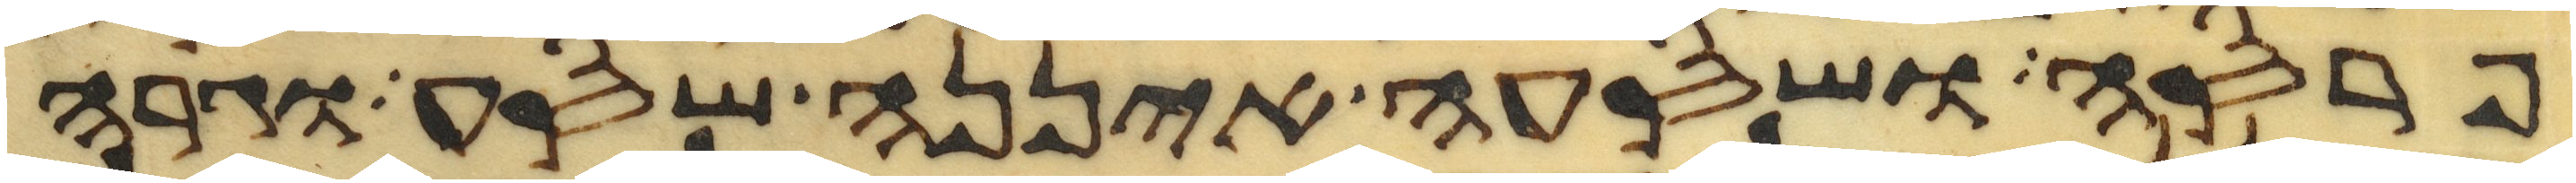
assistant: פרסה ושסעה איננה שסע וגרה